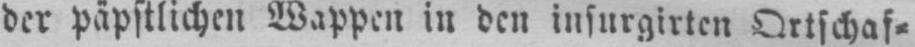
der päpstlichen Wappen in den insurgirten Ortschaf⸗